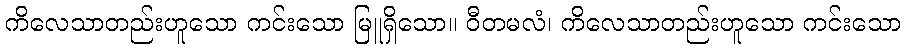
ကိလေသာတည်းဟူသော ကင်းသော မြူရှိသော။ ဝီတမလံ၊ ကိလေသာတည်းဟူသော ကင်းသော